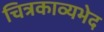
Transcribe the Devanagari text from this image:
चित्रकाव्यभेद